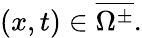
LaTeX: (x,t)\in\overline{{\Omega^{\pm}}}.